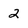
Character: 2